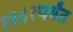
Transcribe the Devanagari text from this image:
१९८१पर्यंत